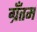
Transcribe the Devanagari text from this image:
ग्रँतम